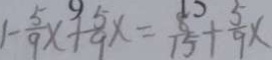
1 - \frac { 5 } { 9 } x + \frac { 5 } { 9 } x = \frac { 8 } { 1 5 } + \frac { 5 } { 9 } x